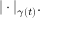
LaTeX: | \cdot | _ { \gamma ( t ) } .